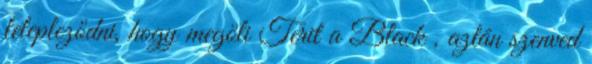
lelepleződni, hogy megöli Terit a Black , aztán szenved